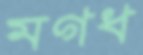
মগধ